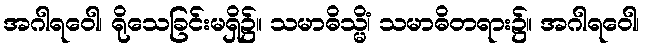
အဂါရဝေါ၊ ရိုသေခြင်းမရှိ၌။ သမာဓိသ္မိံ၊ သမာဓိတရား၌။ အဂါရဝေါ၊